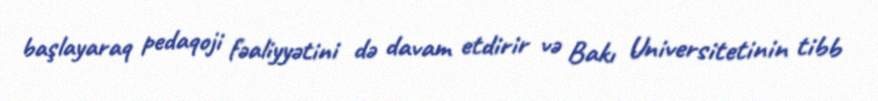
başlayaraq pedaqoji fəaliyyətini də davam etdirir və Bakı Universitetinin tibb